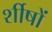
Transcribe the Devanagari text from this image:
र्शीषों